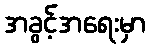
အခွင့်အရေးမှာ